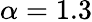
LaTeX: \alpha=1.3